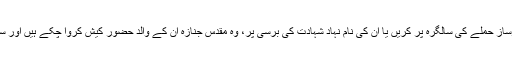
بلاول اپنی سیاست کا آغاز والدہ پر کارساز حملے کی سالگرہ پر کریں یا ان کی نام نہاد شہادت کی برسی پر، وہ مقدس جنازہ ان کے والد حضور کیش کروا چکے ہیں اور سیاسی جنازے بار بار کیش نہیں ہوتے۔